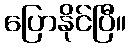
ပြောနိုင်ပြီ။